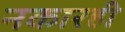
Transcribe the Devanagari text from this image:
नकारही